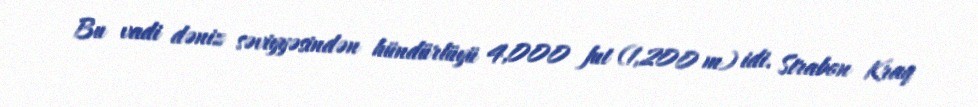
Bu vadi dəniz səviyyəsindən hündürlüyü 4,000 fut (1,200 m) idi. Strabon Kraq